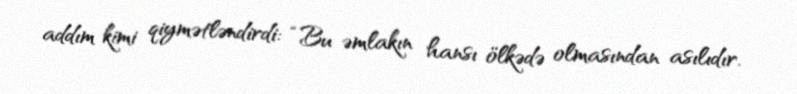
addım kimi qiymətləndirdi: “Bu əmlakın hansı ölkədə olmasından asılıdır.